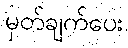
မှတ်ချက်ပေး